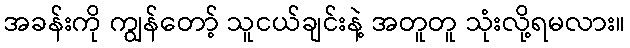
အခန်းကို ကျွန်တော့် သူငယ်ချင်းနဲ့ အတူတူ သုံးလို့ရမလား။